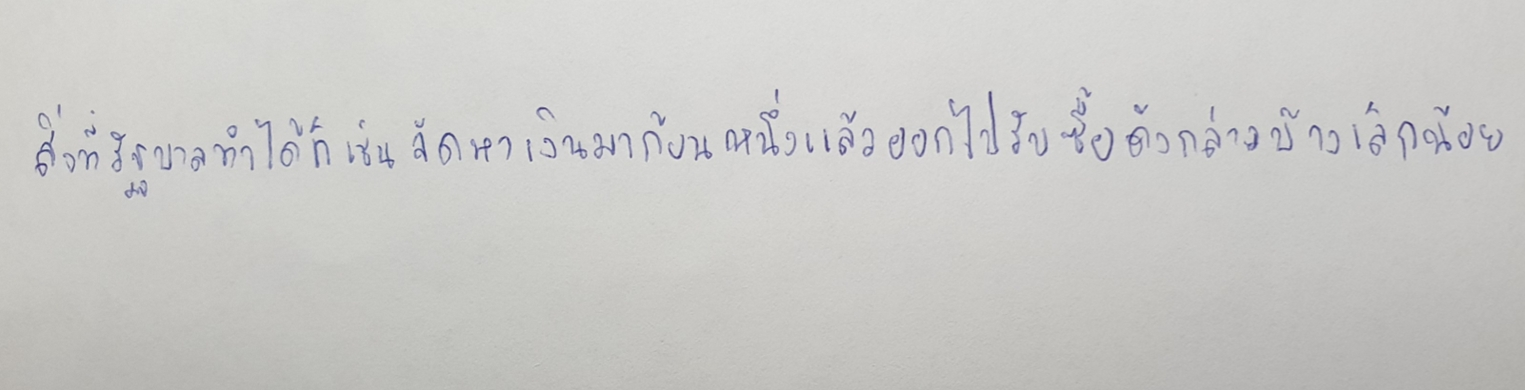
สิ่งที่รัฐบาลทำได้ก็เช่นจัดหาเงินมาก้อนหนึ่งแล้วออกไปรับซื้อดังกล่าวบ้างเล็กน้อย